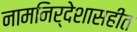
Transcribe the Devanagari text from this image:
नामनिर्देशासहीत